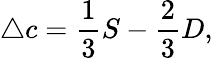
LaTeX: \triangle c=\frac{1}{3}S-\frac{2}{3}D,